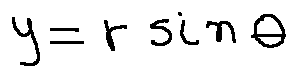
y = r \sin \theta